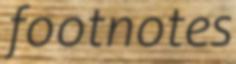
footnotes